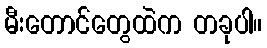
မီးတောင်တွေထဲက တခုပါ။